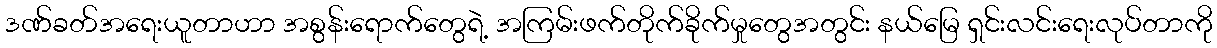
ဒဏ်ခတ်အရေးယူတာဟာ အစွန်းရောက်တွေရဲ့ အကြမ်းဖက်တိုက်ခိုက်မှုတွေအတွင်း နယ်မြေ ရှင်းလင်းရေးလုပ်တာကို